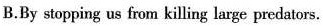
B.By stopping us from killing large predators.